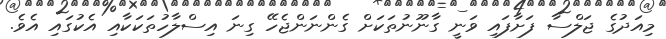
މިއަދުގެ ޖަލްސާ ފަށާފައި ވަނީ ގާނޫނުތަކަށް ގެންނަންޖެހޭ ގިނަ އިސްލާހުތަކަކާއި އެކުގައި އެވެ.